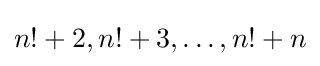
n!+2,n!+3,\dots ,n!+n